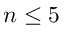
n \leq 5